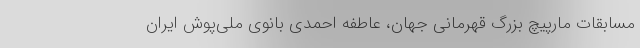
مسابقات مارپیچ بزرگ قهرمانی جهان، عاطفه احمدی بانوی ملی‌پوش ایران